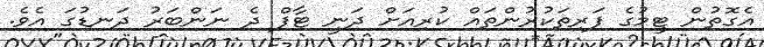
އެގޮތުން ޓީމުގެ ފަރިތަކުރުންތައް ކުރިއަށް ދަނީ ޓާފް ދެ ނަންބަރު ދަނޑުގަ އެވެ.